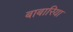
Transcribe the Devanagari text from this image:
बाबारिया